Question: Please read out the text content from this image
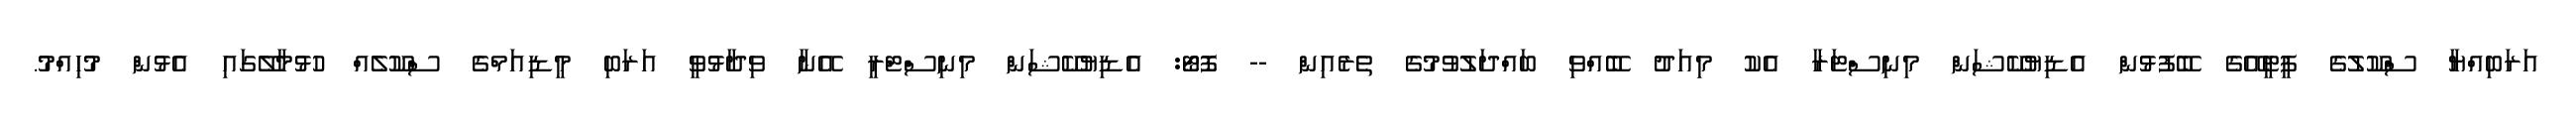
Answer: އަރަބިއްޔާ ސްކޫލުގެ ޕީޓީއޭގެ ބޭފުޅުން އެޑިޔުކޭޝަން މިނިސްޓަރާ އެކު މިއަދު ބޭއްވި ބައްދަލުވުމުގެ ތެރެއިން -- ފޮޓޯ: އެޑިޔުކޭޝަން މިނިސްޓްރީ އޭނާ ވިދާޅުވީ އަރަބި މީޑިއަމްގެ ސްކޫލެއް ހުޅުމާލޭގައި އެޅުން މުހިއްމު.